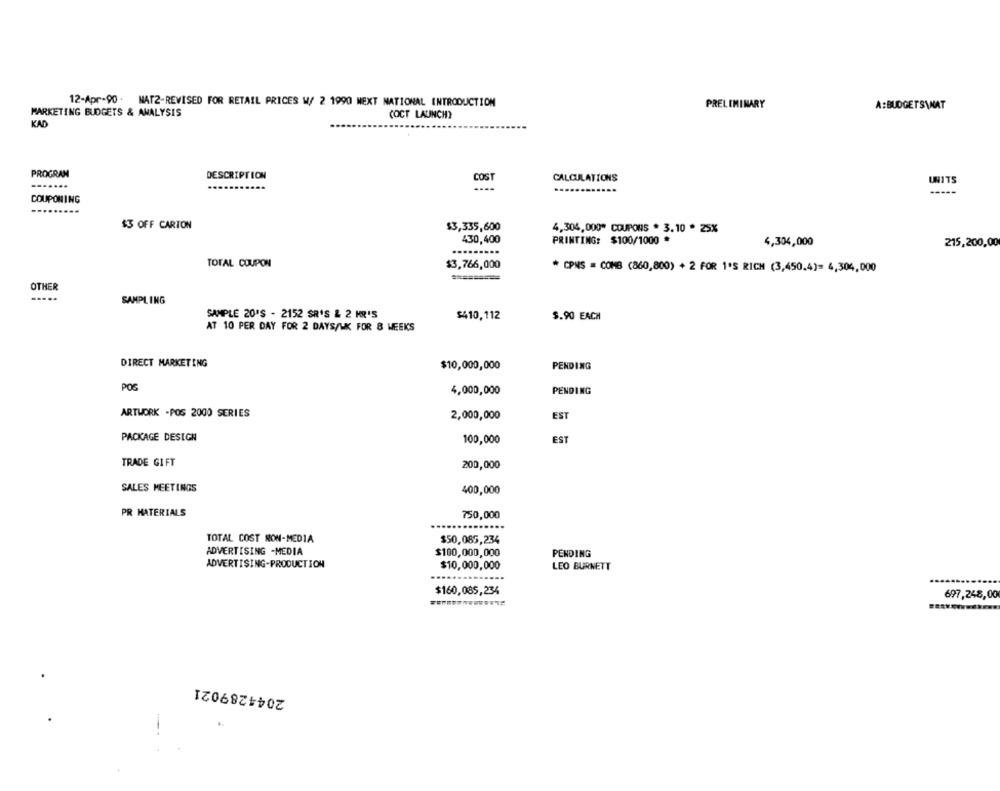
12-Apr-90 . MAT2-REVISED FOR RETAIL PRICES W/ 2 1990 NEXT NATIONAL INTRODUCTION
MARKETING BUDGETS & ANALYSIS
PRELIMINARY
A:BUDGETS\NAT
(OCT LAUNCH)
KAD
PROGRAM
DESCRIPTION
COST
CALCULATIONS
UNITS
-----
COUPONING
$3 OFF CARTON
$3,335,600
4,304,000* COUPONS * 3.10 * 25%
430,400
PRINTING: $100/1000 *
4,304,000
215,200,00
TOTAL COUPON
$3,766,000
* CPNS = COMB (860,800) + 2 FOR 1'S RICH (3,450.4)= 4,304,000
=====
OTHER
.....
SAMPLING
SAMPLE 20'S - 2152 SR'S & 2 HR'S
$410,112
$.90 EACH
AT 10 PER DAY FOR 2 DAYS/WK FOR & WEEKS
DIRECT MARKETING
PENDING
$10,000,000
POS
PENDING
4,000,000
ARTWORK -POS 2000 SERIES
2,000,000
EST
PACKAGE DESIGN
100,000
EST
TRADE GIFT
200,000
SALES MEETINGS
400,000
PR MATERIALS
750,000
TOTAL COST NON-MEDIA
$50.085,234
ADVERTISING -MEDIA
$100,000,000
PENDING
ADVERTISING-PRODUCTION
$10,000,000
LEO BURNETT
$160,085,234
697,248,00
2044289021